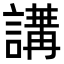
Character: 𧪿